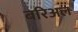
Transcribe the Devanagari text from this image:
बरिअल